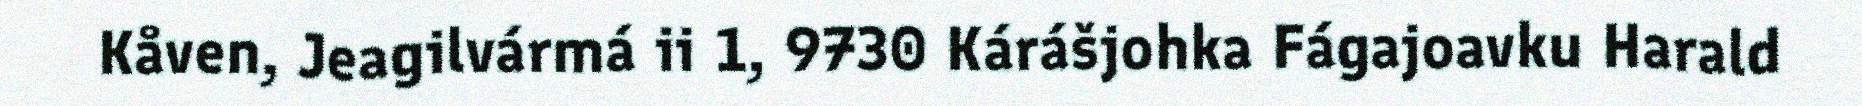
Kåven, Jeagilvármá ii 1, 9730 Kárášjohka Fágajoavku Harald